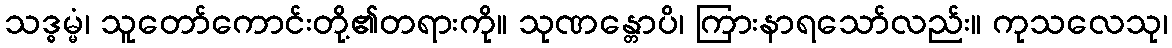
သဒ္ဓမ္မံ၊ သူတော်ကောင်းတို့၏တရားကို။ သုဏန္တောပိ၊ ကြားနာရသော်လည်း။ ကုသလေသု၊